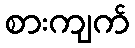
စားကျက်